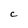
Character: C